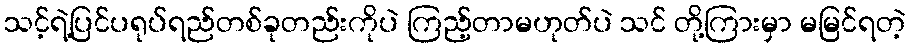
သင့်ရဲ့ပြင်ပရုပ်ရည်တစ်ခုတည်းကိုပဲ ကြည့်တာမဟုတ်ပဲ သင် တို့ကြားမှာ မမြင်ရတဲ့